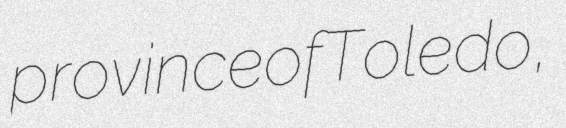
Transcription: province of Toledo,